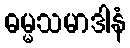
ဓမ္မသမာဒါနံ